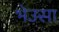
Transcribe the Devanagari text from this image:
भेउसा